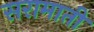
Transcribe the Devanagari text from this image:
सरामाती